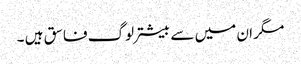
مگر ان میں سے بیشتر لوگ فاسق ہیں ۔